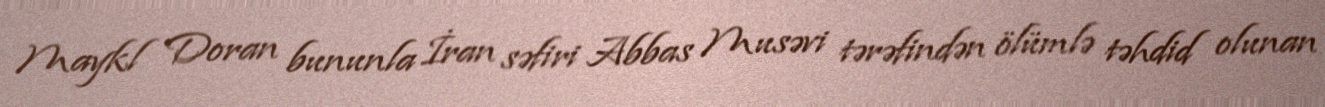
Maykl Doran bununla İran səfiri Abbas Musəvi tərəfindən ölümlə təhdid olunan